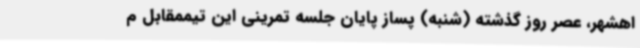
اهشهر، عصر روز گذشته (شنبه) پساز پایان جلسه تمرینی این تیممقابل م